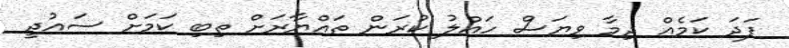
ފަދަ ކަމެއް ދިމާ ވިޔަސް ހައްލު ކުރަން ތައްޔާރަށް ތިބި ކަމަށް ސައުދީ